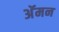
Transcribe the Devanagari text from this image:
अॅमन